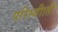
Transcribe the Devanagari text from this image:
परिस्थीाती